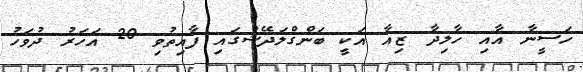
ހަސީނާ އާއި ހާލިދާ ޒިއާ އަކީ ބަންގްލަދޭޝްގައި ފާއިތުވި 20 އަހަރު ދުވަހު